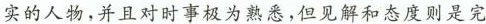
实的任务，并且对时事极为熟悉，但见解和态度则是完